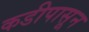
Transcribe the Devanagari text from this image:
कडीपासून